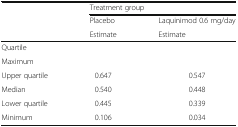
<table><thead><tr><td rowspan="3"></td><td colspan="2"><b>Treatment group</b></td></tr><tr><td><b>Placebo</b></td><td><b>Laquinimod 0.6 mg/day</b></td></tr><tr><td><b>Estimate</b></td><td><b>Estimate</b></td></tr></thead><tbody><tr><td>Quartile</td><td rowspan="2"></td><td rowspan="2"></td></tr><tr><td>Maximum</td></tr><tr><td>Upper quartile</td><td>0.647</td><td>0.547</td></tr><tr><td>Median</td><td>0.540</td><td>0.448</td></tr><tr><td>Lower quartile</td><td>0.445</td><td>0.339</td></tr><tr><td>Minimum</td><td>0.106</td><td>0.034</td></tr></tbody></table>